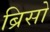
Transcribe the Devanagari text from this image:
ब्रिसो